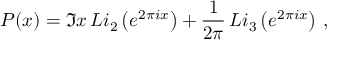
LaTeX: { \cal P } ( x ) = \Im x \, { \cal L } i _ { 2 } \left( e ^ { 2 \pi i x } \right) + \frac { 1 } { 2 \pi } \, { \cal L } i _ { 3 } \left( e ^ { 2 \pi i x } \right) \, ,